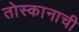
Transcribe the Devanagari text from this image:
तोस्कानाची